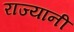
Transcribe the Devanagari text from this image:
राज्यानी